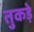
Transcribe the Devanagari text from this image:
तुकड़े